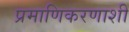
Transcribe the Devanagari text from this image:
प्रमाणिकरणाशी